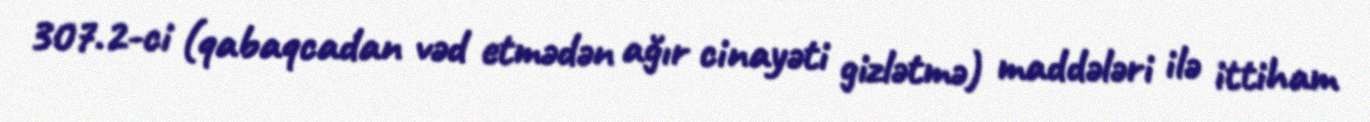
307.2-ci (qabaqcadan vəd etmədən ağır cinayəti gizlətmə) maddələri ilə ittiham